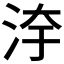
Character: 𣳹